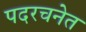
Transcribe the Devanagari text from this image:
पदरचनेत